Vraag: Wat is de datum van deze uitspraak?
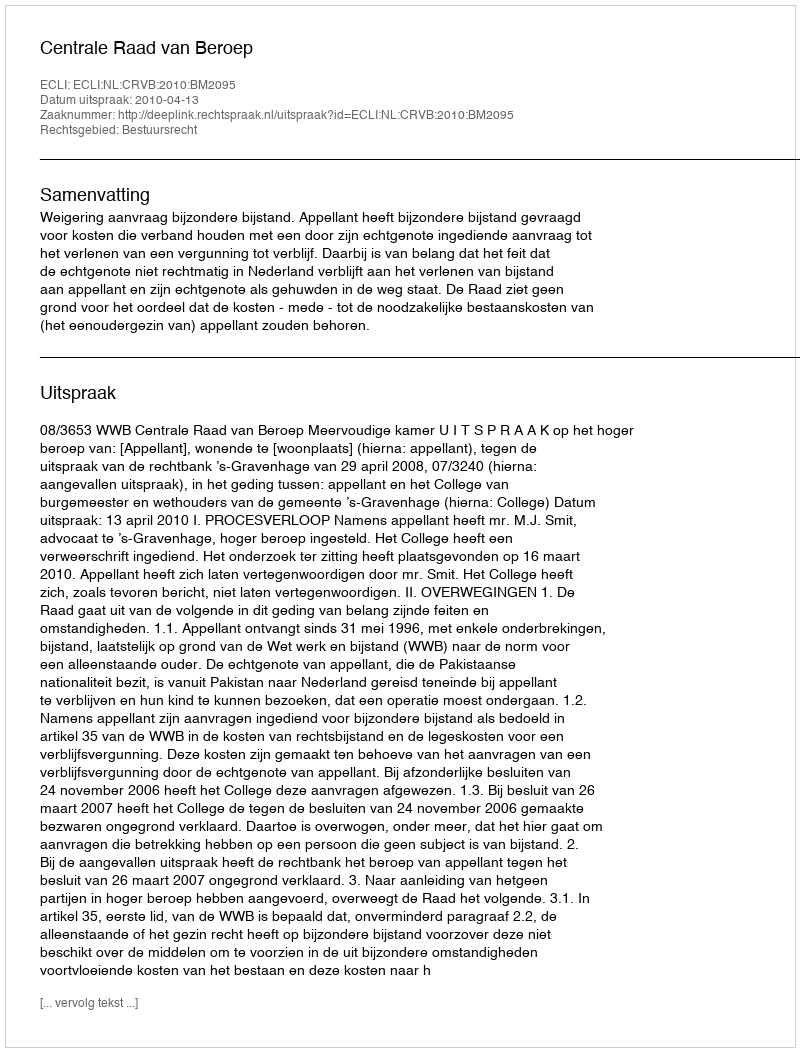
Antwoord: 2010-04-13